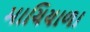
માચિયાળા